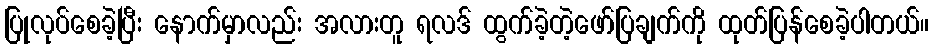
ပြုလုပ်စေခဲ့ပြီး နောက်မှာလည်း အလားတူ ရလဒ် ထွက်ခဲ့တဲ့ဖော်ပြချက်ကို ထုတ်ပြန်စေခဲ့ပါတယ်။